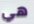
هي